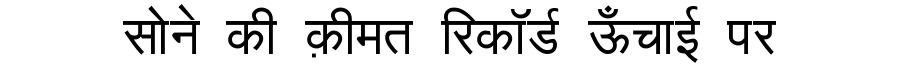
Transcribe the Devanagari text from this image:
सोने की क़ीमत रिकॉर्ड ऊँचाई पर